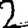
Digit: 2